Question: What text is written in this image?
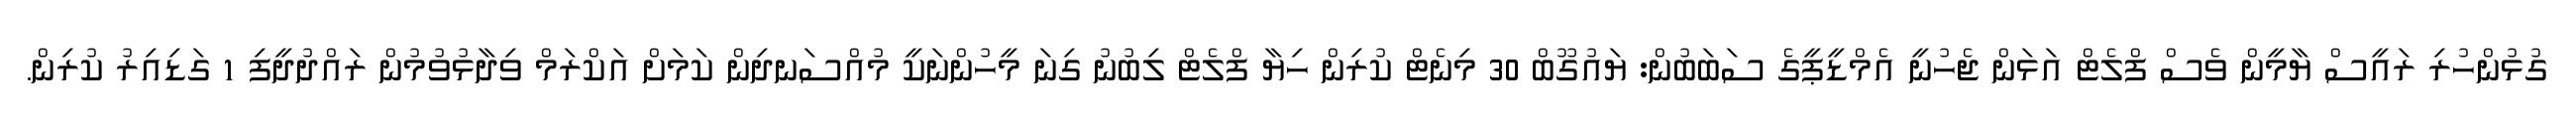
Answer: ގުޅުންހުރި ރައީސް ޔާމީން ވެސް ފްލެޓް އަޅަން ޖެހުނީ އެމްޑީޕީގެ ސަބަބުން: ޔައުގޫބް 30 މިނެޓް ކުރިން ހިޔާ ފްލެޓް ލިބުނު ގިނަ މީހުންނަކީ މުއްސަނދިން ކަމަށް އަކްރަމް ވިދާޅުވުމުން ރައްދުދީފި 1 ގަޑިއިރު ކުރިން.